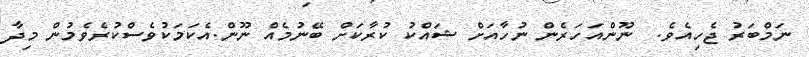
ނަމްބަރު ޖެހިއެވެ.  ނޫންއަހަރެން ނުހާއަށް ޝައްކު ކުރާކަށް ބޭނުމެއް ނޫން.އެކަމަކުވެސްކުރެވެމުން މިދާ